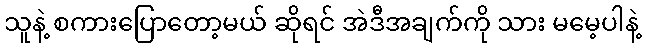
သူနဲ့ စကားပြောတော့မယ် ဆိုရင် အဲဒီအချက်ကို သား မမေ့ပါနဲ့